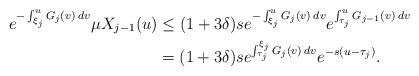
LaTeX: \begin{align*}e^{-\int_{\xi_j}^u G_j(v) \: dv} \mu X_{j-1}(u) &\leq (1 + 3 \delta) s e^{-\int_{\xi_j}^u G_j(v) \: dv} e^{\int_{\tau_j}^u G_{j-1}(v) \: dv} \\&= (1 + 3 \delta) s e^{\int_{\tau_j}^{\xi_j} G_j(v) \: dv} e^{-s(u - \tau_j)}.\end{align*}